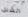
الشلل